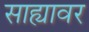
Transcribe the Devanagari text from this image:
साह्यावर